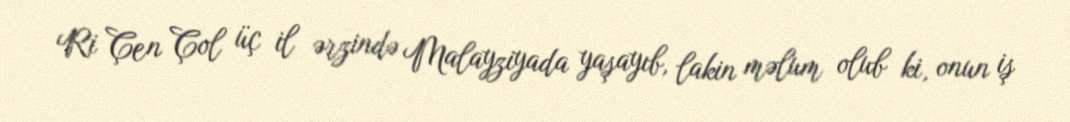
Ri Çen Çol üç il ərzində Malayziyada yaşayıb, lakin məlum olub ki, onun iş